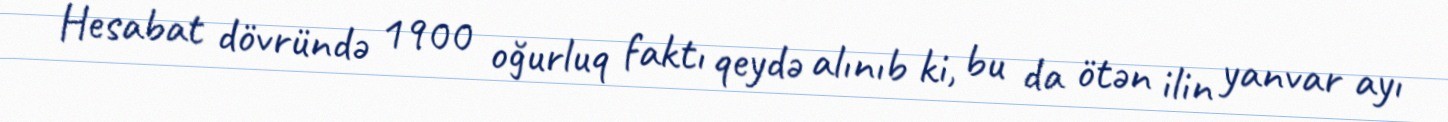
Hesabat dövründə 1900 oğurluq faktı qeydə alınıb ki, bu da ötən ilin yanvar ayı